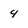
Character: 4